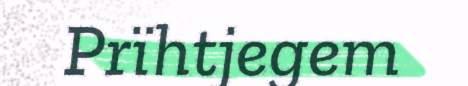
Prïhtjegem